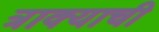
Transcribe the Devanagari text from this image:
त्राक्याची